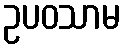
ဥပဝသာမ